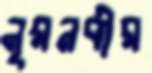
নূরনবীর